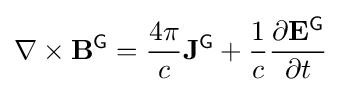
\nabla \times \mathbf {B} ^{\textsf {G}}={\frac {4\pi }{c}}\mathbf {J} ^{\textsf {G}}+{\frac {1}{c}}{\frac {\partial \mathbf {E} ^{\textsf {G}}}{\partial t}}